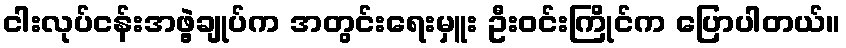
ငါးလုပ်ငန်းအဖွဲ့ချုပ်က အတွင်းရေးမှူး ဦးဝင်းကြိုင်က ပြောပါတယ်။